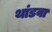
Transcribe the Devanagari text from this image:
थांडवा